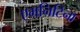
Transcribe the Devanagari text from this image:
एमनिटिना